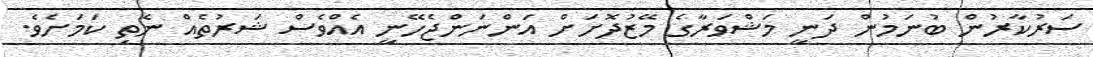
ސަރުކާރުން ބުނަމުން ދަނީ މަޝްވަރާގެ މޭޒުދޮށަށް އަންނަންޖެހޭނީ އެއްވެސް ޝަރުތެއް ނެތި ކަމަށެވެ.